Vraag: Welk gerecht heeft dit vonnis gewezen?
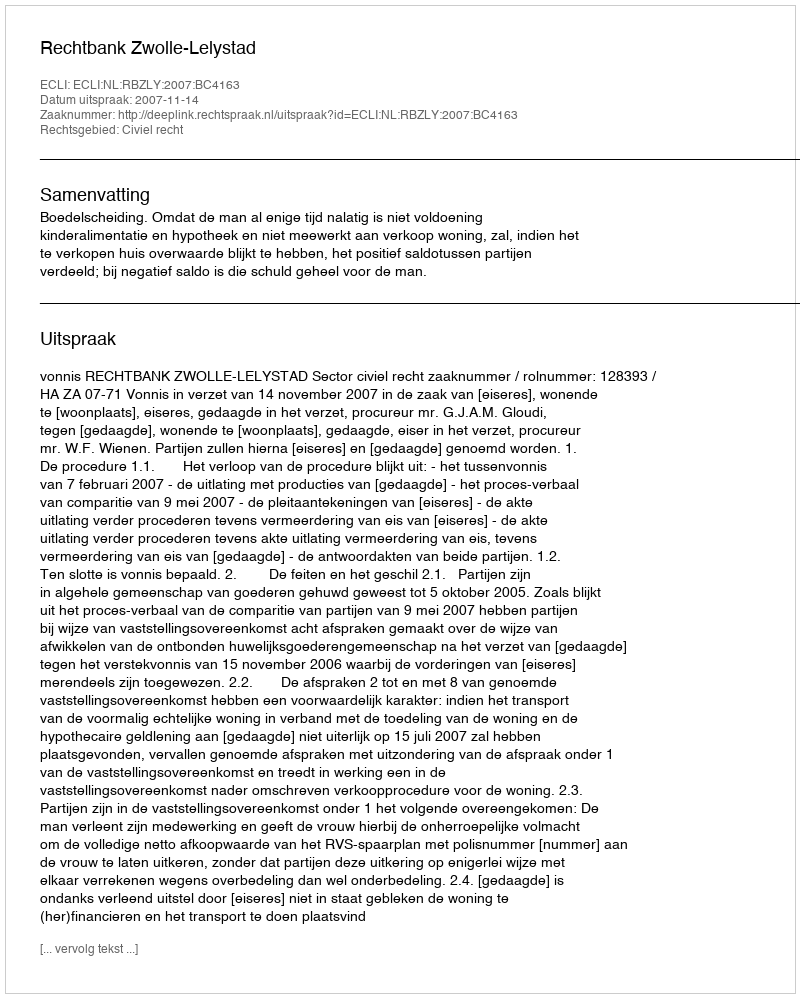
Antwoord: Rechtbank Zwolle-Lelystad